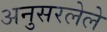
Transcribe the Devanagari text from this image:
अनुसरलेले